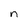
Character: n